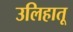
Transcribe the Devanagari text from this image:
उलिहातू